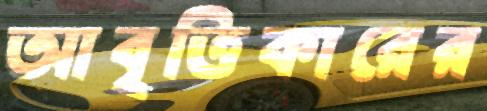
আবৃত্তিকারের